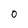
Character: 0